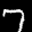
Label: 7